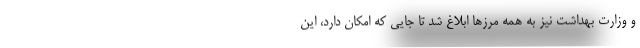
و وزارت بهداشت نیز به همه مرزها ابلاغ شد تا جایی که امکان دارد، این